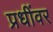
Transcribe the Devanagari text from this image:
प्रधींवर